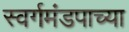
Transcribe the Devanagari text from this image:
स्वर्गमंडपाच्या